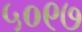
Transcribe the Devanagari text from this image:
५०९७